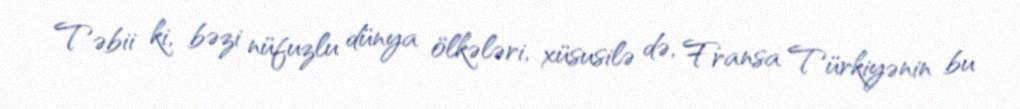
Təbii ki, bəzi nüfuzlu dünya ölkələri, xüsusilə də, Fransa Türkiyənin bu